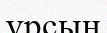
ұрсын